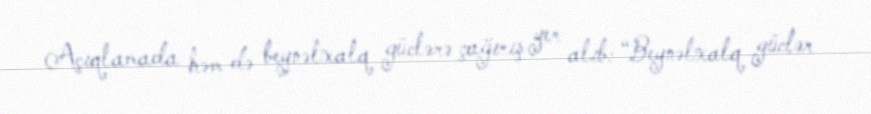
Açıqlamada həm də beynəlxalq güclərə çağırış yer alıb: “Beynəlxalq güclər